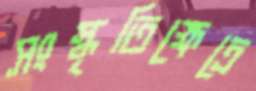
সংস্কৃতিক্ষেত্রে